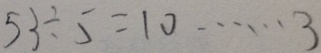
5 3 \div 5 = 1 0 \cdots 3